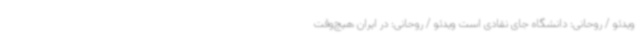
ویدئو / روحانی: دانشگاه جای نقادی است ویدئو / روحانی: در ایران هیچ‌وقت